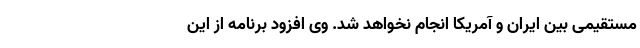
مستقیمی بین ایران و آمریکا انجام نخواهد شد. وی افزود برنامه از این